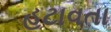
હટાવતા